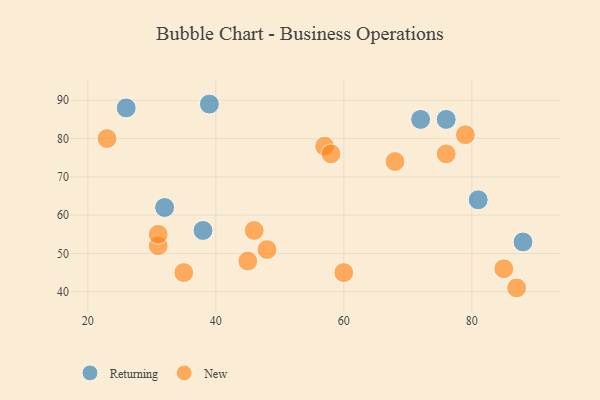
{"axis": {"x": "GDP", "y": "Life Expectancy"}, "legend": ["New", "Returning"], "data": [{"x": "26", "y": 88, "type": "Returning"}, {"x": "32", "y": 62, "type": "Returning"}, {"x": "81", "y": 64, "type": "Returning"}, {"x": "39", "y": 89, "type": "Returning"}, {"x": "72", "y": 85, "type": "Returning"}, {"x": "76", "y": 85, "type": "Returning"}, {"x": "88", "y": 53, "type": "Returning"}, {"x": "38", "y": 56, "type": "Returning"}, {"x": "76", "y": 76, "type": "New"}, {"x": "46", "y": 56, "type": "New"}, {"x": "23", "y": 80, "type": "New"}, {"x": "87", "y": 41, "type": "New"}, {"x": "57", "y": 78, "type": "New"}, {"x": "60", "y": 45, "type": "New"}, {"x": "35", "y": 45, "type": "New"}, {"x": "45", "y": 48, "type": "New"}, {"x": "85", "y": 46, "type": "New"}, {"x": "48", "y": 51, "type": "New"}, {"x": "79", "y": 81, "type": "New"}, {"x": "68", "y": 74, "type": "New"}, {"x": "58", "y": 76, "type": "New"}, {"x": "31", "y": 52, "type": "New"}, {"x": "31", "y": 55, "type": "New"}]}